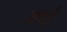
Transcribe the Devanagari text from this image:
उधई